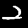
Digit: 2